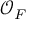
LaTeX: { \mathcal { O } } _ { F }